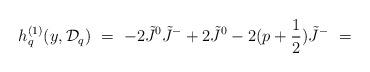
LaTeX: \begin{align*}h_q^{(1)}(y,{\cal D}_q)\ =\ -2\tilde J^0 \tilde J^- +2 \tilde J^0 - 2(p+\frac{1}{2}) \tilde J^- \ =\end{align*}